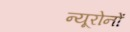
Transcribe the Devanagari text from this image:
न्यूरोनों